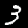
Digit: 3